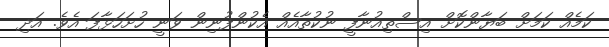
ކަމެއް ކަމަށް ބަޔާންކޮށް އިސްތިއުނާފީ ނުކުތާއެއް އެކުންފުނިން ވަނީ ހުށަހަޅާފަ އެވެ. އަދި